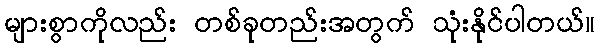
များစွာကိုလည်း တစ်ခုတည်းအတွက် သုံးနိုင်ပါတယ်။